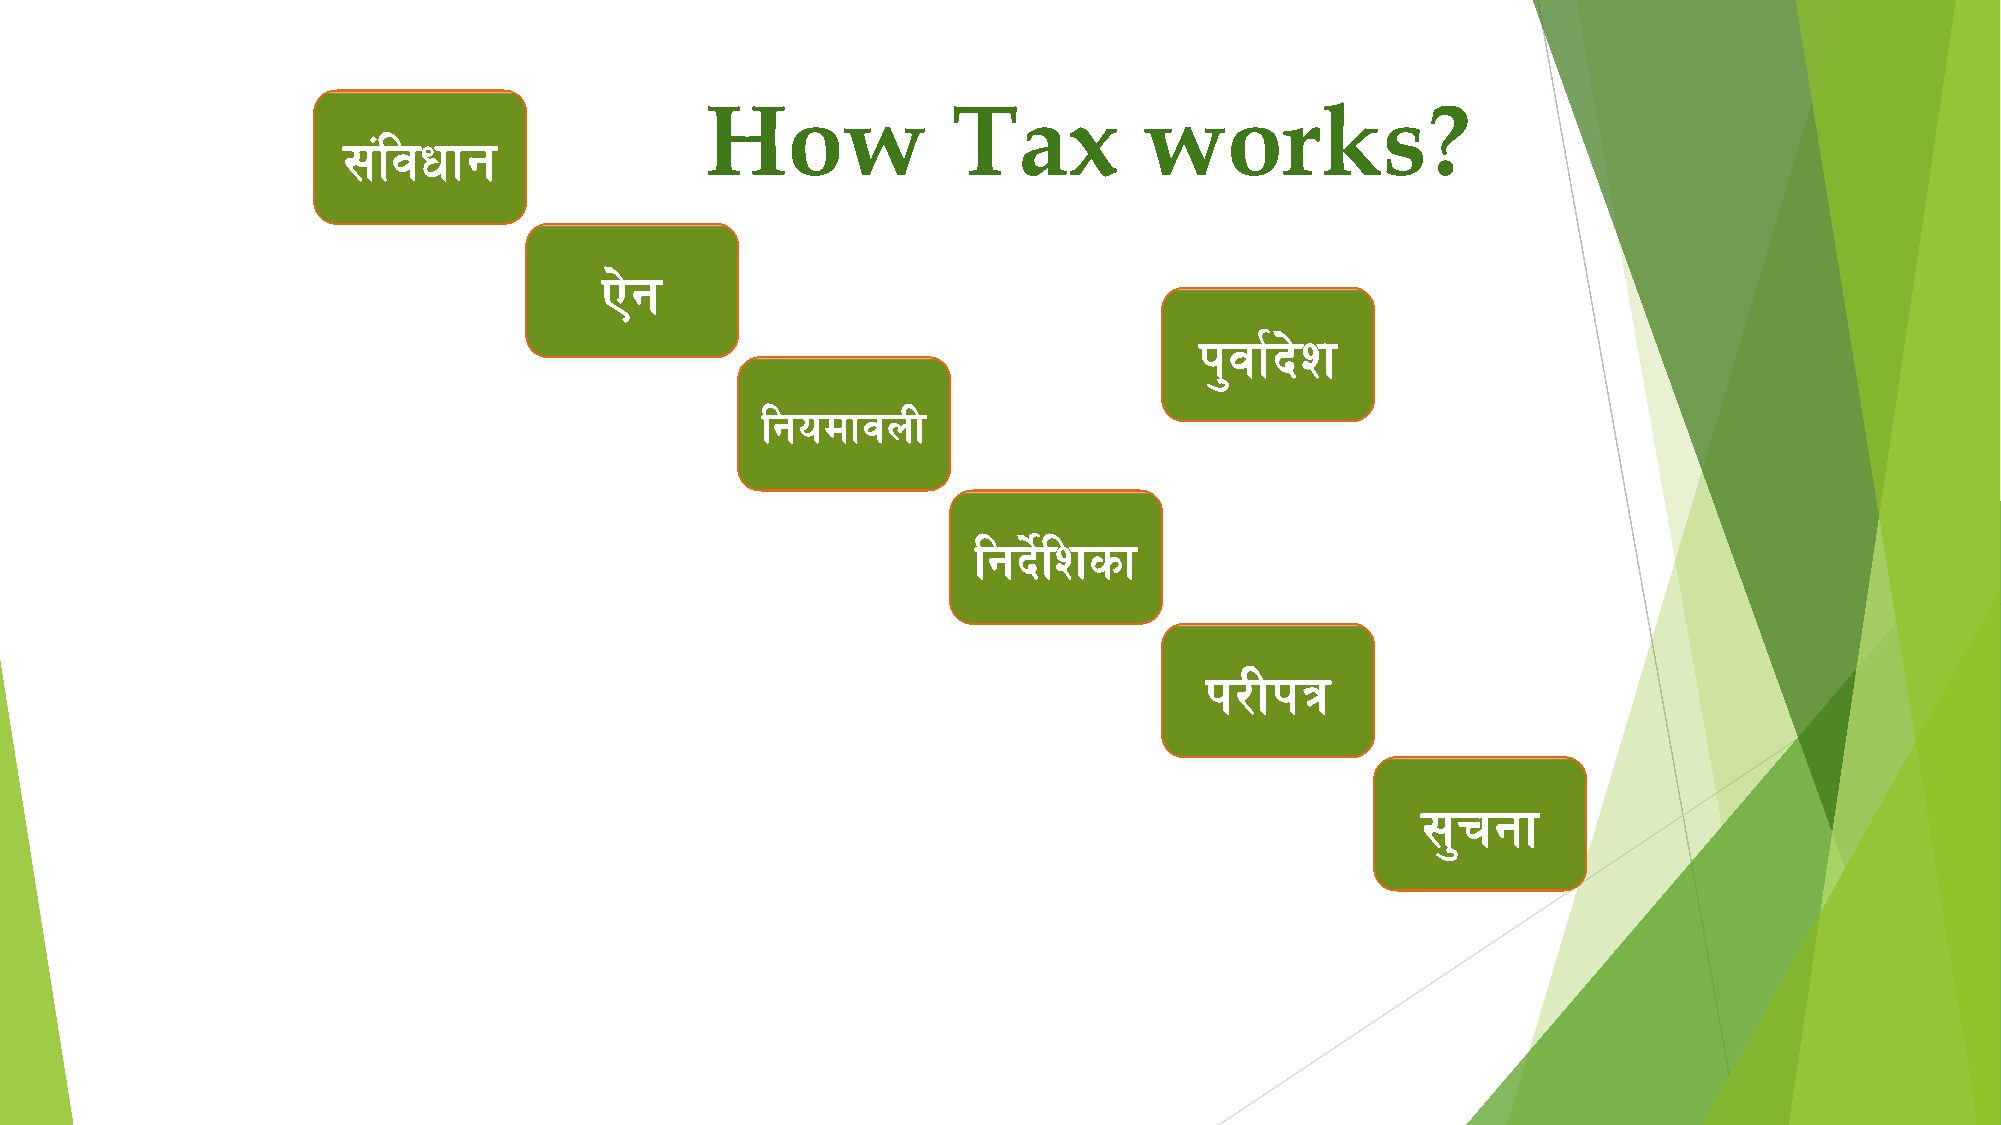
How             Tax          works?
 ;+ljwfg
 P]g
 k'jf{b]z
 lgodfjnL
 lgb]{lzsf
 k/Lkq
 ;'rgf